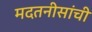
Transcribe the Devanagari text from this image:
मदतनीसांची